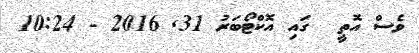
ވެސް އޮތީ  ގައި އޮކްޓޯބަރު 31